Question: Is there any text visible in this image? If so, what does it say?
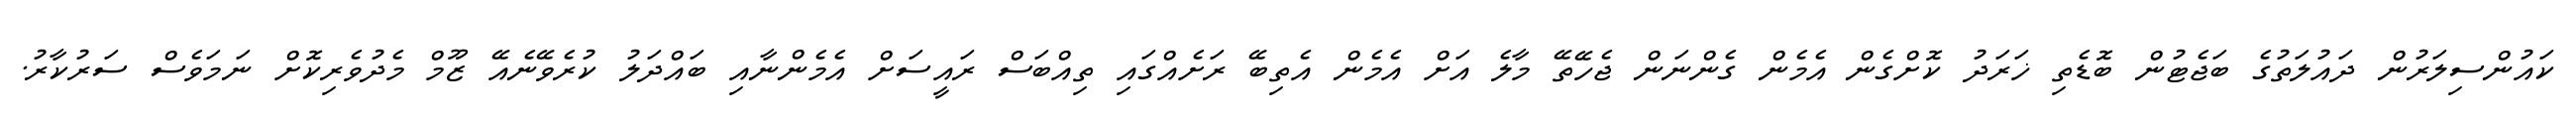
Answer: ކައުންސިލަރުން ދައުލަތުގެ ބަޖެޓުން ބޮޑެތި ޚަރަދު ކޮށްގެން އެމެން ގެންނަން ޖެހޭތޭ މާލެ އަށް އެމެން އެތިބޭ ރަށެއްގައި ތިއްބަސް ރައީސަށް އެމެންނާއި ބައްދަލު ކުރެވޭނެއޭ ޒޫމް މެދުވެރިކޮށް ނަމަވެސް ސަރުކާރު.